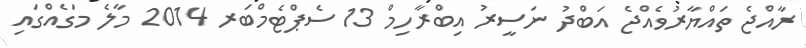
ރާއްޖެ ތައްޔާރުވެއްޖެ އަބްދު ނަސީރު އިބްރާހިމް 13 ސެޕްޓެމްބަރ 2014 މާލެ މަގެއްގައި